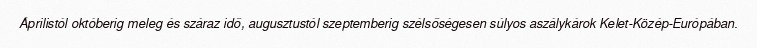
Áprilistól októberig meleg és száraz idő, augusztustól szeptemberig szélsőségesen súlyos aszálykárok Kelet-Közép-Európában.